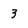
Character: 3